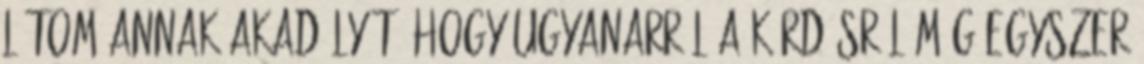
látom annak akadályát, hogy ugyanarról a kérdésről még egyszer